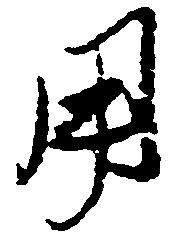
用